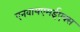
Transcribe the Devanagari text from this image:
एनवायएमईएक्स